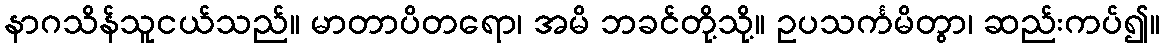
နာဂသိန်သူငယ်သည်။ မာတာပိတရော၊ အမိ ဘခင်တို့သို့။ ဥပသင်္ကမိတွာ၊ ဆည်းကပ်၍။